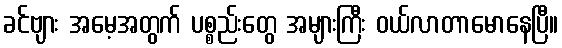
ခင်ဗျား အမေ့အတွက် ပစ္စည်းတွေ အများကြီး ဝယ်လာတာမောနေပြီ။